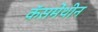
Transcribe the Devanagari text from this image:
कॅसमेंथीन